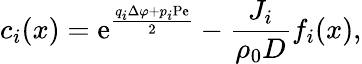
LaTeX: c_{i}(x)=\mathrm{e}^{\frac{q_{i}\Delta\varphi+p_{i}\mathrm{Pe}}{2}}-\frac{J_{i}}{\rho_{0}D}f_{i}(x),